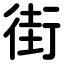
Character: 街